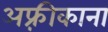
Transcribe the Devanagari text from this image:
अफ़्रीकाना